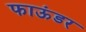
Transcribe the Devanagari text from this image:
फाऊंडर